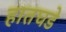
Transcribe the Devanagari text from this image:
हातघडे